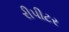
રીપીટર